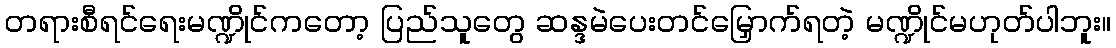
တရားစီရင်ရေးမဏ္ဍိုင်ကတော့ ပြည်သူတွေ ဆန္ဒမဲပေးတင်မြှောက်ရတဲ့ မဏ္ဍိုင်မဟုတ်ပါဘူး။